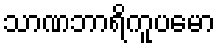
သာဏဘာရိကူပမော